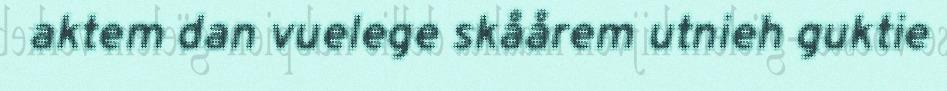
aktem dan vuelege skåårem utnieh guktie